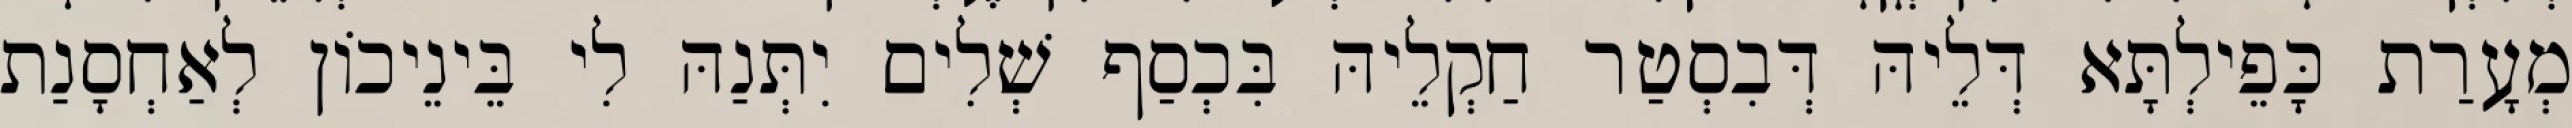
מְעָרַת כָּפֵילְתָּא דְּלֵיהּ דְּבִסְטַר חַקְלֵיהּ בִּכְסַף שְׁלִים יִתְּנַהּ לִי בֵּינֵיכוֹן לְאַחְסָנַת